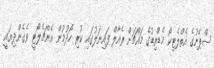
ސްޕޭނުގެ އެތްލެޓިކޯ މެޑްރިޑުގެ މައްޗަށް ރެއާލް ފައިނަލުގައި ކުރި ހޯދުމުން އެންޗެލޯޓީ ވެގެންދިޔައީ